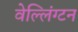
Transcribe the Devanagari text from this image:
वेल्लिंग्टन